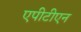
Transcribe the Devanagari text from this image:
एपीटीएन